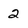
Character: 2